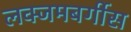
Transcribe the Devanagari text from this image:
लक्जमबर्गीस